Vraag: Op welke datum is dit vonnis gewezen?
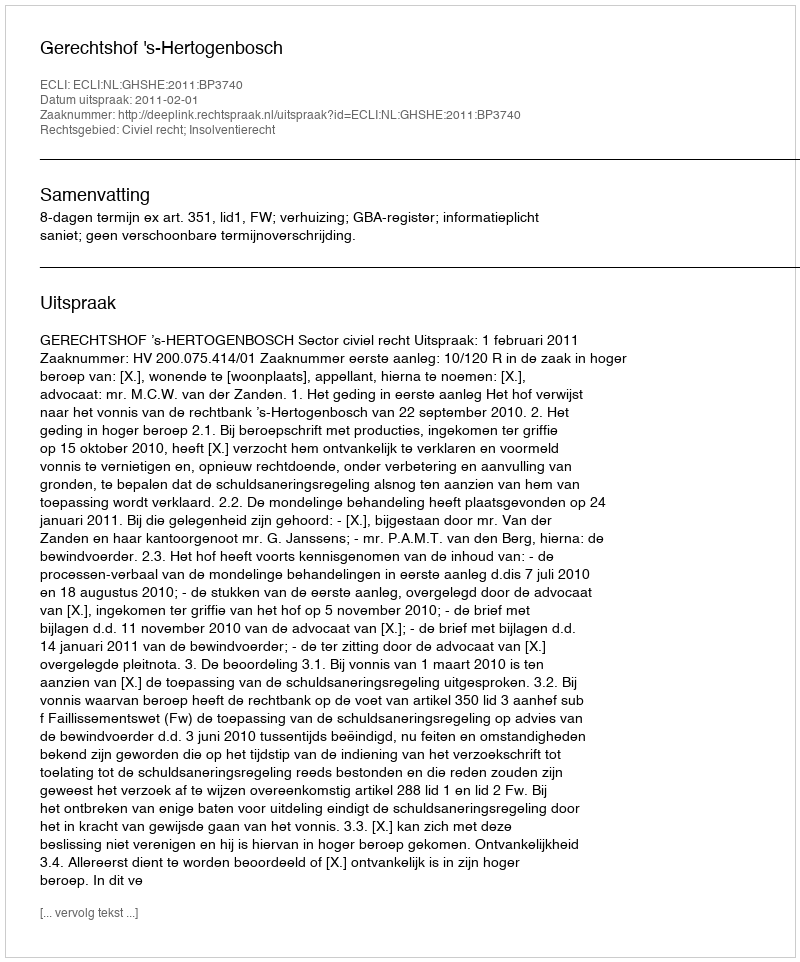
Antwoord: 2011-02-01